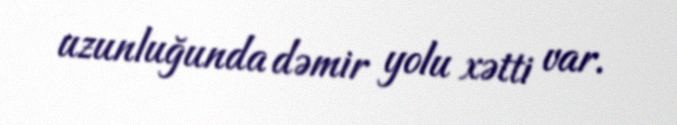
uzunluğunda dəmir yolu xətti var.